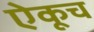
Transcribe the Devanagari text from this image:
ऐकूच